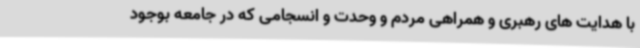
با هدایت های رهبری و همراهی مردم و وحدت و انسجامی که در جامعه بوجود